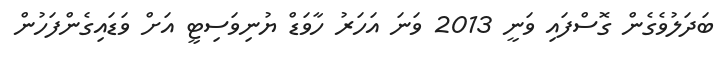
ބަދަލުވެގެން ގޮސްފައި ވަނީ 2013 ވަނަ އަހަރު ހާވަޑް ޔުނިވަސިޓީ އަށް ވަޑައިގެންފަހުން